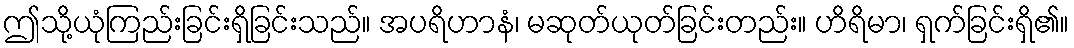
ဤသို့ယုံကြည်းခြင်းရှိခြင်းသည်။ အပရိဟာနံ၊ မဆုတ်ယုတ်ခြင်းတည်း။ ဟိရိမာ၊ ရှက်ခြင်းရှိ၏။